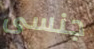
جنسى